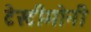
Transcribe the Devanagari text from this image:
टेस्टीमोनी